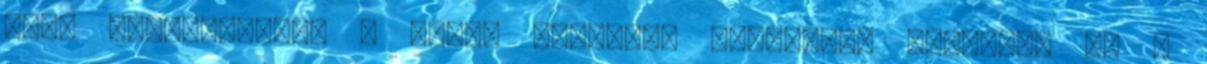
most szabdalhatja a kerek kenyeret háromszög formává. :D A